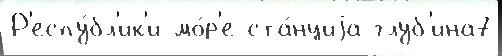
Р'еспу́бл'ик'и мо́р'е ста́нциjа глуб'ина7